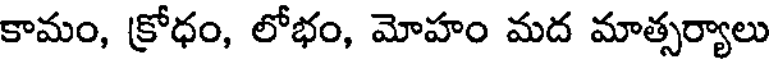
కామం, క్రోధం, లోభం, మోహం మద మాత్సర్యాలు